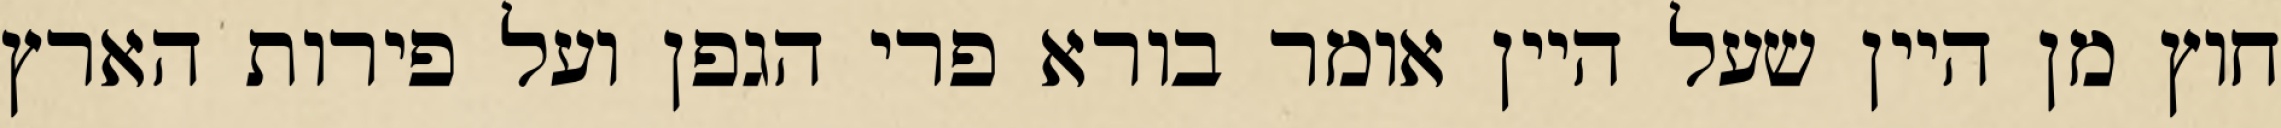
חוץ מן היין שעל היין אומר בורא פרי הגפן ועל פירות הארץ